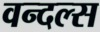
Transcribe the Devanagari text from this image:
वन्दल्स